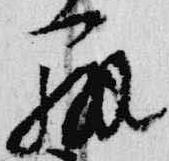
弁